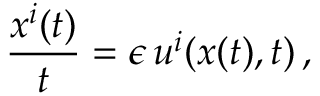
\frac { \d { } x ^ { i } ( t ) } { \d { } t } = \epsilon \, u ^ { i } ( x ( t ) , t ) \, ,